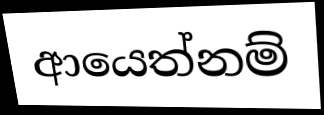
ආයෙත්නම්